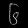
Digit: ၆